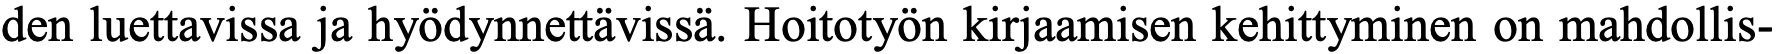
den luettavissa ja hyödynnettävissä. Hoitotyön kirjaamisen kehittyminen on mahdollis-